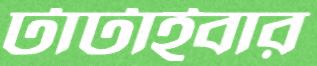
টাটাইবার